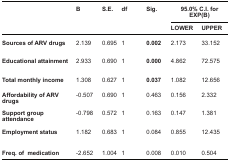
| <ROWSPAN=3>  | <ROWSPAN=3> B | <ROWSPAN=3> S.E. | <ROWSPAN=3> df | <ROWSPAN=3> Sig. | <COLSPAN=2> 95.0% C.I. for EXP(B) |
 | LOWER | UPPER |
 | --- | --- | --- | --- | --- | --- | --- |
 | Sources of ARV drugs | 2.139 | 0.695 | 1 | 0.002 | 2.173 | 33.152 |
 | Educational attainment | 2.933 | 0.690 | 1 | 0.000 | 4.862 | 72.575 |
 | Total monthly income | 1.308 | 0.627 | 1 | 0.037 | 1.082 | 12.656 |
 | Affordability of ARV drugs | -0.507 | 0.690 | 1 | 0.463 | 0.156 | 2.332 |
 | Support group attendance | -0.798 | 0.572 | 1 | 0.163 | 0.147 | 1.381 |
 | Employment status | 1.182 | 0.683 | 1 | 0.084 | 0.855 | 12.435 |
 | Freq. of medication | -2.652 | 1.004 | 1 | 0.008 | 0.010 | 0.504 |